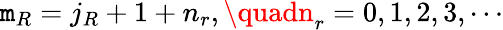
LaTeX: \mathtt{m}_{R}=j_{R}+1+n_{r},\quadn_{r}=0,1,2,3,\cdots